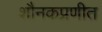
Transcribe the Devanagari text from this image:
शौनकप्रणीत